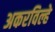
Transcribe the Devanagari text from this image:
अकरविल्हे